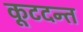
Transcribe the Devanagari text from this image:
कूटदन्त